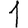
Digit: 1